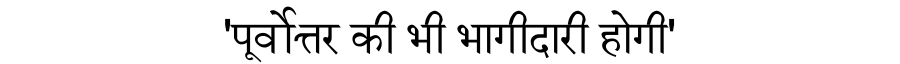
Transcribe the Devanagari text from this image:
'पूर्वोत्तर की भी भागीदारी होगी'